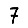
Digit: 7